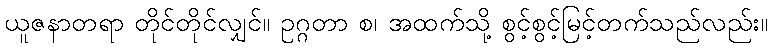
ယူဇနာတရာ တိုင်တိုင်လျှင်။ ဥဂ္ဂတာ စ၊ အထက်သို့ စွင့်စွင့်မြင့်တက်သည်လည်း။